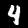
Label: 4